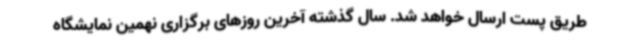
طریق پست ارسال خواهد شد. سال گذشته آخرین روزهای برگزاری نهمین نمایشگاه